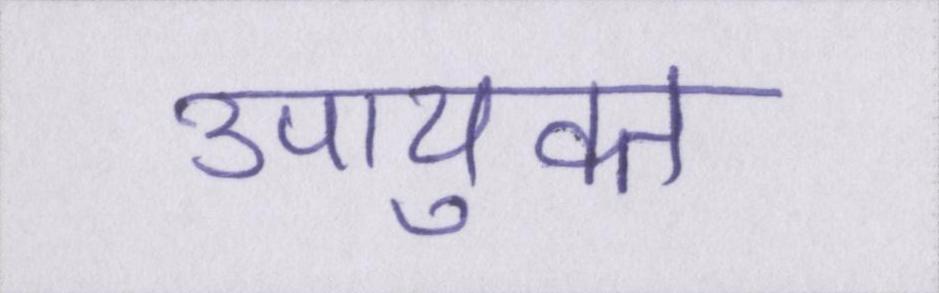
उपायुक्त